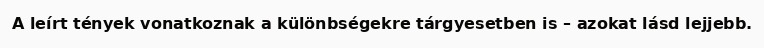
A leírt tények vonatkoznak a különbségekre tárgyesetben is – azokat lásd lejjebb.